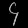
Digit: ၄